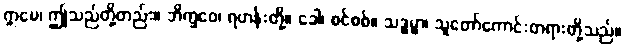
ဣမေ၊ ဤသည်တို့တည်း။ ဘိက္ခဝေ၊ ရဟန်းတို့။ ခေါ၊ စင်စစ်။ သဒ္ဓမ္မာ၊ သူတော်ကောင်းတရားတို့သည်။